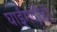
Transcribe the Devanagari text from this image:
घाईगर्दीही